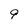
Character: 9